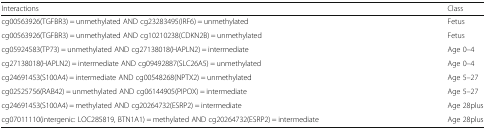
<table><thead><tr><td><b>Interactions</b></td><td><b>Class</b></td></tr></thead><tbody><tr><td>cg00563926(TGFBR3) = unmethylated AND cg23283495(IRF6) = unmethylated</td><td>Fetus</td></tr><tr><td>cg00563926(TGFBR3) = unmethylated AND cg10210238(CDKN2B) = unmethylated</td><td>Fetus</td></tr><tr><td>cg05924583(TP73) = unmethylated AND cg27138018(HAPLN2) = intermediate</td><td>Age 0–4</td></tr><tr><td>cg27138018(HAPLN2) = intermediate AND cg09492887(SLC26A5) = unmethylated</td><td>Age 0–4</td></tr><tr><td>cg24691453(S100A4) = intermediate AND cg00548268(NPTX2) = unmethylated</td><td>Age 5–27</td></tr><tr><td>cg02525756(RAB42) = unmethylated AND cg06144905(PIPOX) = intermediate</td><td>Age 5–27</td></tr><tr><td>cg24691453(S100A4) = methylated AND cg20264732(ESRP2) = intermediate</td><td>Age 28plus</td></tr><tr><td>cg07011110(intergenic: LOC285819, BTN1A1) = methylated AND cg20264732(ESRP2) = intermediate</td><td>Age 28plus</td></tr></tbody></table>